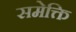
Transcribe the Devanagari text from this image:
समेक्ति